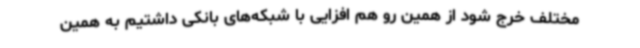
مختلف خرج شود از همین رو هم افزایی با شبکه‌های بانکی داشتیم به همین